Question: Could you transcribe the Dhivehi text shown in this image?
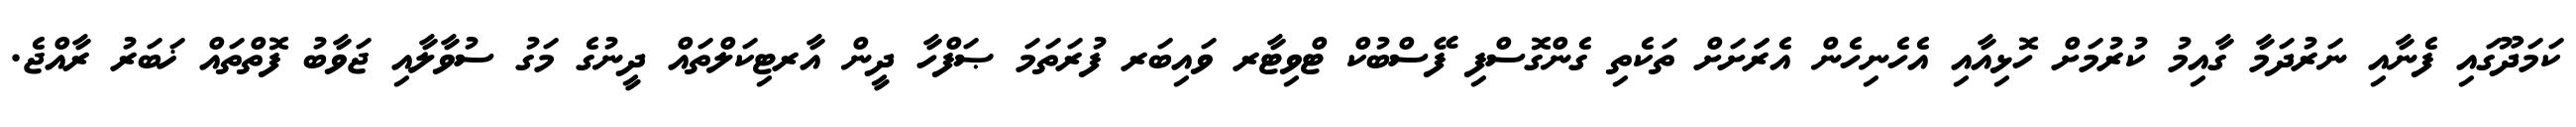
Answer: ކަމަދޫގައި ފެނާއި ނަރުދަމާ ގާއިމު ކުރުމަށް ހޮޅިއާއި އެހެނިހެން އެރަަށަށް ތަކެތި ގެންގޮސްފި ފޭސްބުކް ޓްވިޓާރ ވައިބަރ ފުރަތަމަ ޞަފްހާ ދީން އާރޓިކަލްތައް ދީނުގެ މަގު ސުވާލާއި ޖަވާބު ފޮތްތައް ޚަބަރު ރާއްޖެ.